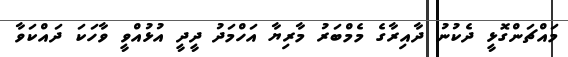
މައްޗަންގޮޅީ ދެކުނު ދާއިރާގެ މެމްބަރު މާރިޔާ އަހްމަދު ދީދީ އުޅުއްވީ ވާހަކަ ދައްކަވާ